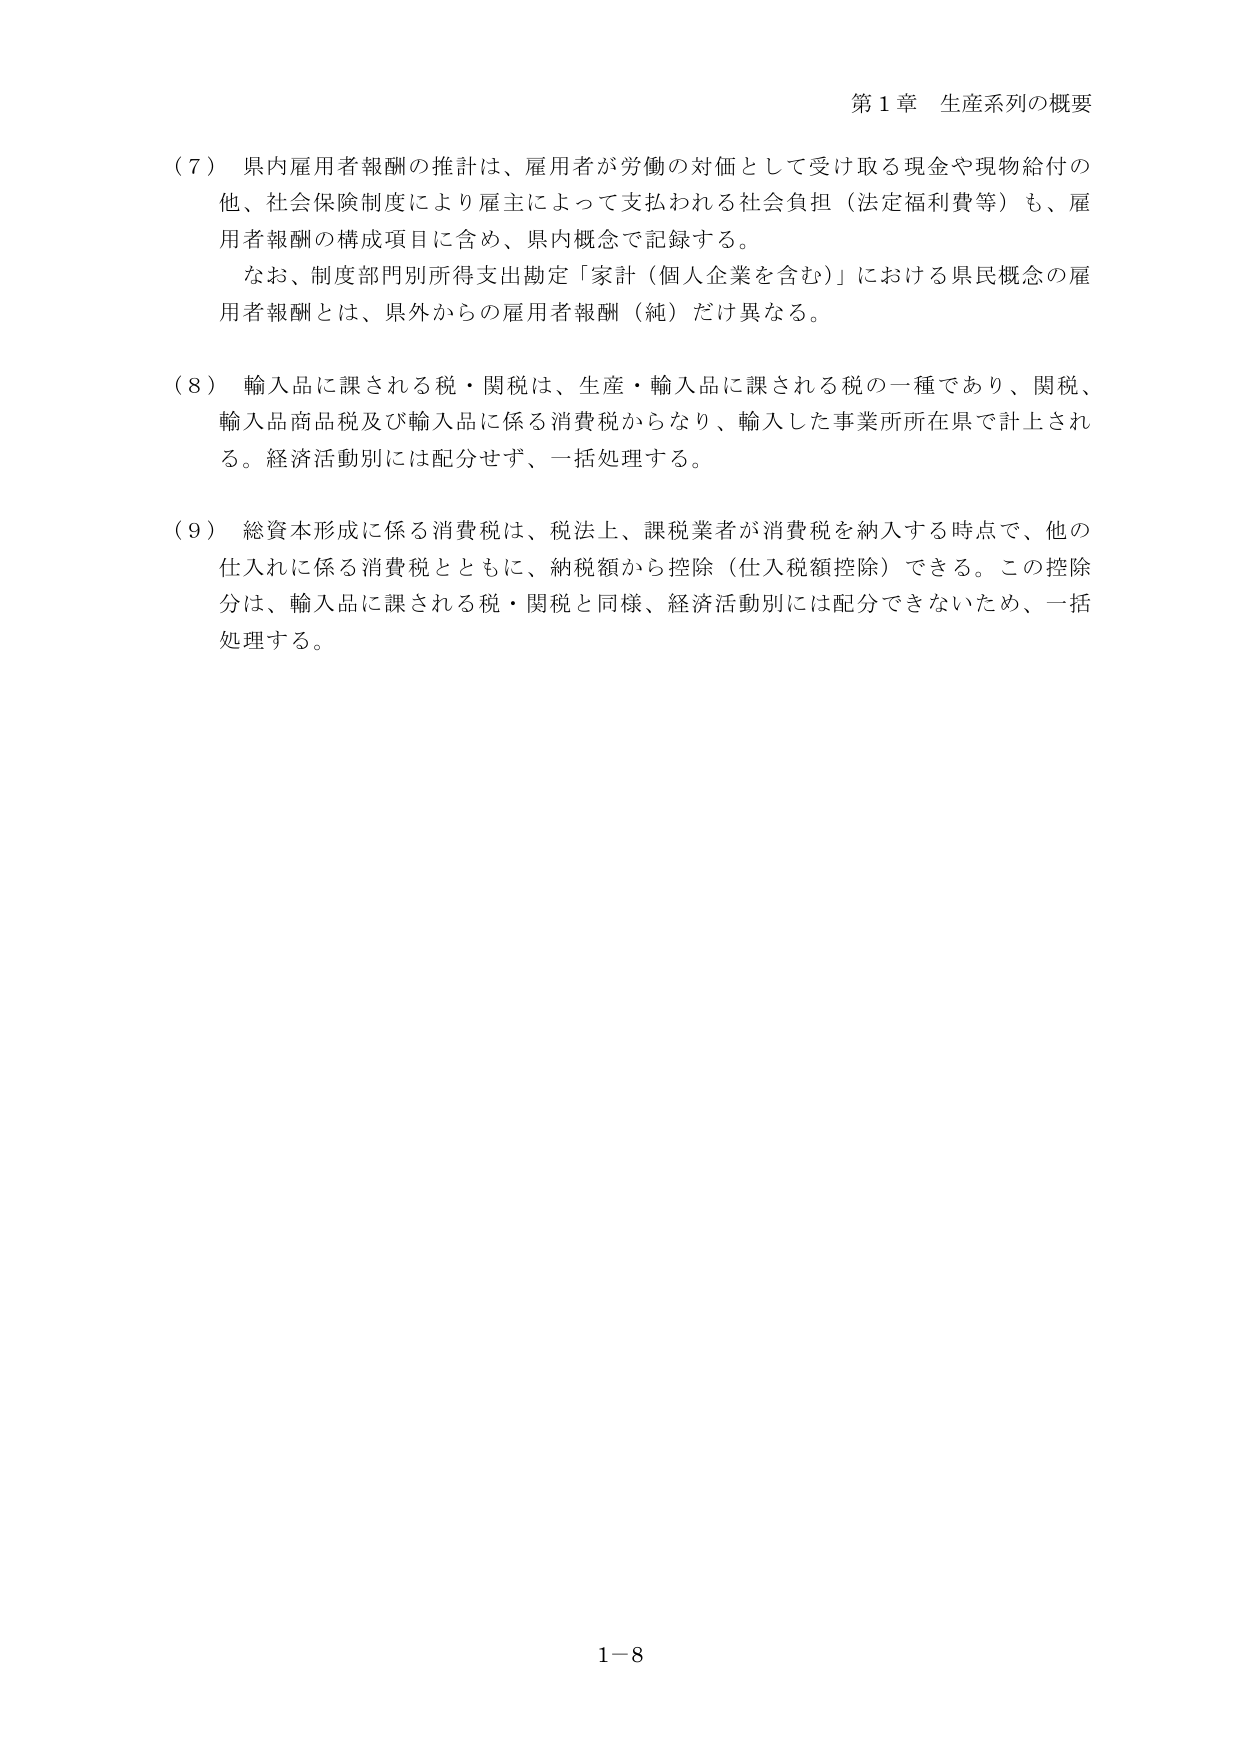
第１章 生産系列の概要

（７） 県内雇用者報酬の推計は、雇用者が労働の対価として受け取る現金や現物給付の他、社会保険制度により雇主によって支払われる社会負担（法定福利費等）も、雇用者報酬の構成項目に含め、県内概念で記録する。
　　なお、制度部門別所得支出勘定「家計（個人企業を含む）」における県民概念の雇用者報酬とは、県外からの雇用者報酬（純）だけ異なる。

（８） 輸入品に課される税・関税は、生産・輸入品に課される税の一種であり、関税、輸入品商品税及び輸入品に係る消費税からなり、輸入した事業所所在県で計上される。経済活動別には配分せず、一括処理する。

（９） 総資本形成に係る消費税は、税法上、課税業者が消費税を納入する時点で、他の仕入れに係る消費税とともに、納税額から控除（仕入税額控除）できる。この控除分は、輸入品に課される税・関税と同様、経済活動別には配分できないため、一括処理する。

1－8